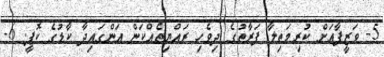
5- ވަޒީފާއަށް ކުރިމަތިލާ ފަރާތުގެ ދިވެހި ރައްޔިތެއްކަން އަންގައިދާ ކާޑުގެ ކޮޕީ. 6-